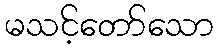
မသင့်တော်သော